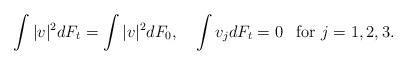
LaTeX: \begin{align*}\int|v|^2dF_t=\int|v|^2dF_0,\quad\int v_jdF_t=0 \enskip \mbox{ for } j=1,2,3.\end{align*}